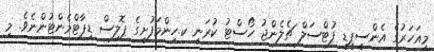
މިއަހަރުގެ އެންސީޕީޑީ ފުޓްސަލް ޗެލެންޖު ހޯސްޓު ކުރަނީ ކ.ހިންމަފުށީގެ ޕޮލިސް ޑިޕާޓްމެންޓުންނެވެ. މި